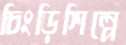
চিংড়িশিল্পে